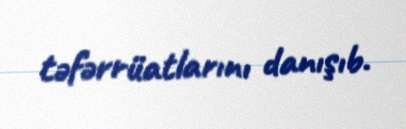
təfərrüatlarını danışıb.